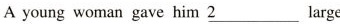
Ayoung woman gave him \underline{2}large